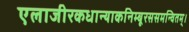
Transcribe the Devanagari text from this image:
एलाजीरकधान्याकनिम्बूरससमन्वितम्।